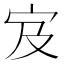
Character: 𫲼